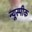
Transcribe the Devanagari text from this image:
न्यूस्पीक